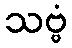
သဗ္ဗံ